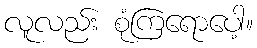
လူလည်း စုံကြရောပေါ့။